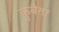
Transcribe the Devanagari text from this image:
कुबैता